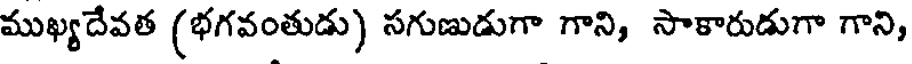
ముఖ్యదేవత (భగవంతుడు) సగుణుడుగా గాని, సాకారుడుగా గాని,